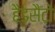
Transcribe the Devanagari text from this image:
हैंडसैटों